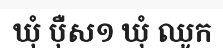
ឃុំ ប៉ឺស១ ឃុំ ឈូក